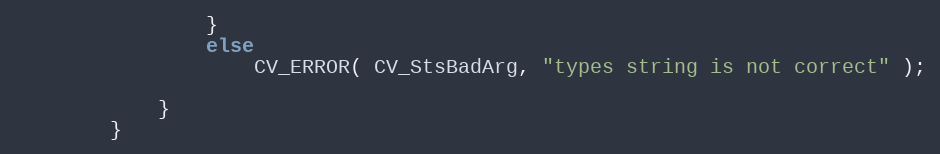
Language: C++
                }
                else
                    CV_ERROR( CV_StsBadArg, "types string is not correct" );

            }
        }